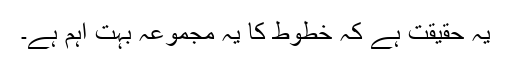
یہ حقیقت ہے کہ خطوط کا یہ مجموعہ بہت اہم ہے۔